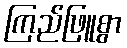
ကြည်ဖြူစွာ